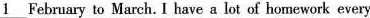
\underline{1} February to March. I have a lot of homework every